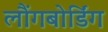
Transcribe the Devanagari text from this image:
लौंगबोर्डिंग